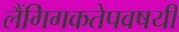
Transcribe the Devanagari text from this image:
लैंगिगकतेपवषयी